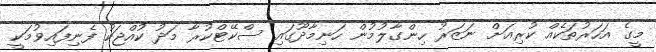
މީގެ އަހަރުތަކެއް ކުރިއަށް ނަޒަރު ހިންގާލުމުން ހަނިމާދޫގައި ސްކޭޓްކުރާ މަދު ކުއްޖަކު ފެނިފައިވުމަކީ